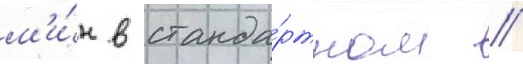
м'и́н в станда́ртном //